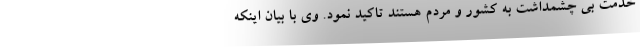
خدمت بی چشمداشت به کشور و مردم هستند تاکید نمود. وی با بیان اینکه